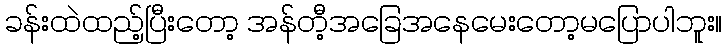
ခန်းထဲထည့်ပြီးတော့ အန်တီ့အခြေအနေမေးတော့မပြောပါဘူး။